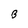
Character: B